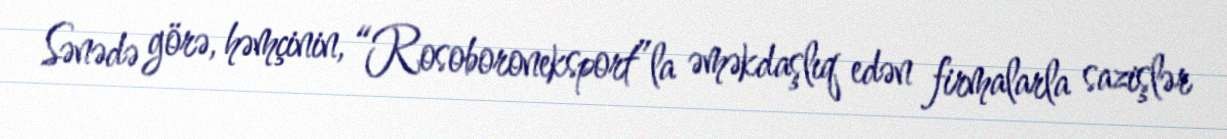
Sənədə görə, həmçinin, “Rosoboroneksport”la əməkdaşlıq edən firmalarla sazişlər